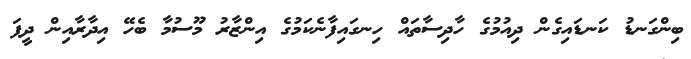
ބިންގަނޑު ކަނޑައިގެން ދިއުމުގެ ހާދިސާތައް ހިނގައިފާނެކަމުގެ އިންޒާރު މޫސުމާ ބެހޭ އިދާރާއިން ދީފަ